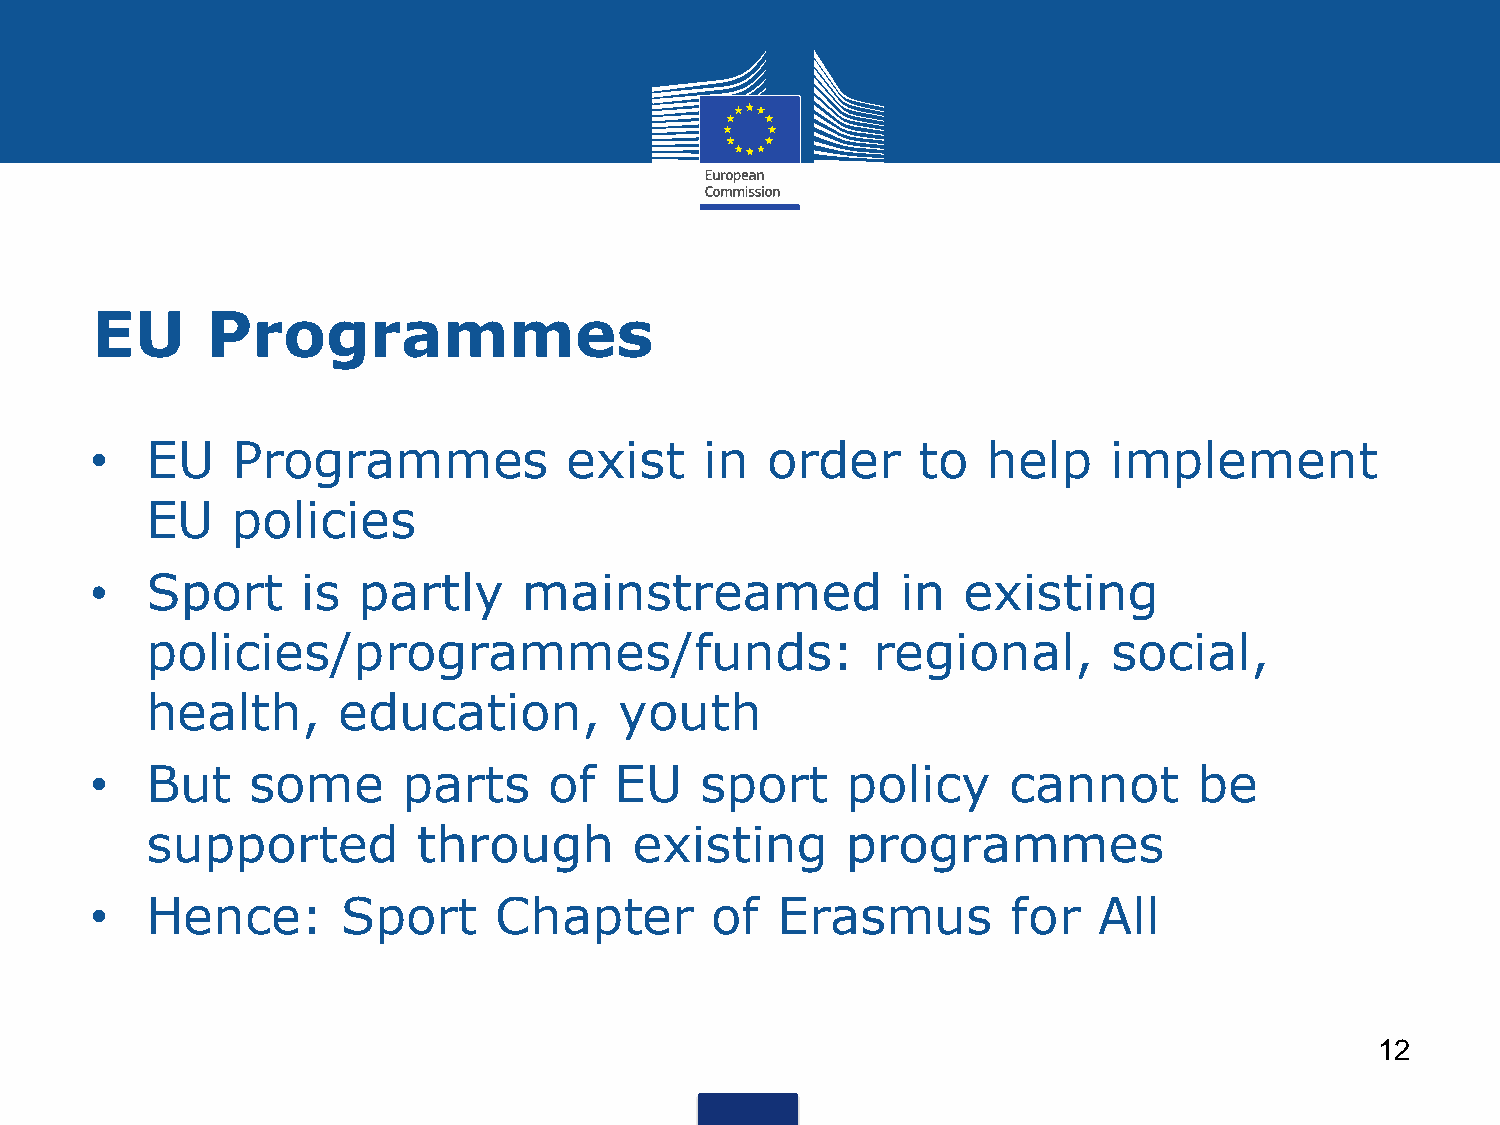
EU      Programmes
 •   EU   Programmes             exist    in  order     to  help     implement
 EU   policies
 •   Sport     is  partly     mainstreamed             in  existing
 policies/programmes/funds:                      regional,       social,
 health,     education,         youth
 •   But    some      parts    of   EU   sport     policy     cannot      be
 supported         through       existing      programmes
 •   Hence:       Sport     Chapter       of  Erasmus         for   All
 12